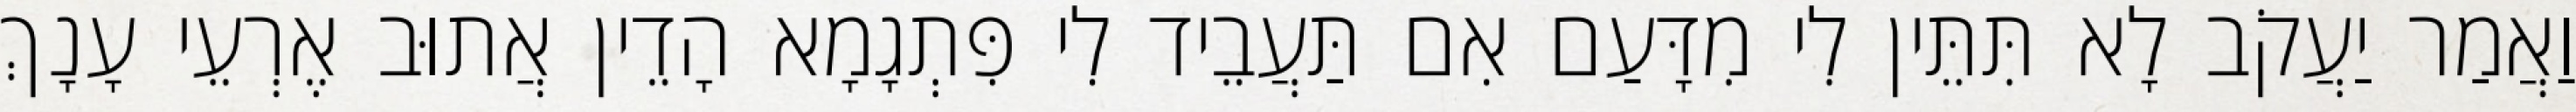
וַאֲמַר יַעֲקֹב לָא תִּתֵּין לִי מִדָּעַם אִם תַּעֲבֵיד לִי פִּתְגָמָא הָדֵין אֲתוּב אֶרְעֵי עָנָךְ